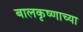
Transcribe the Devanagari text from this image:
बालकृष्णाच्या